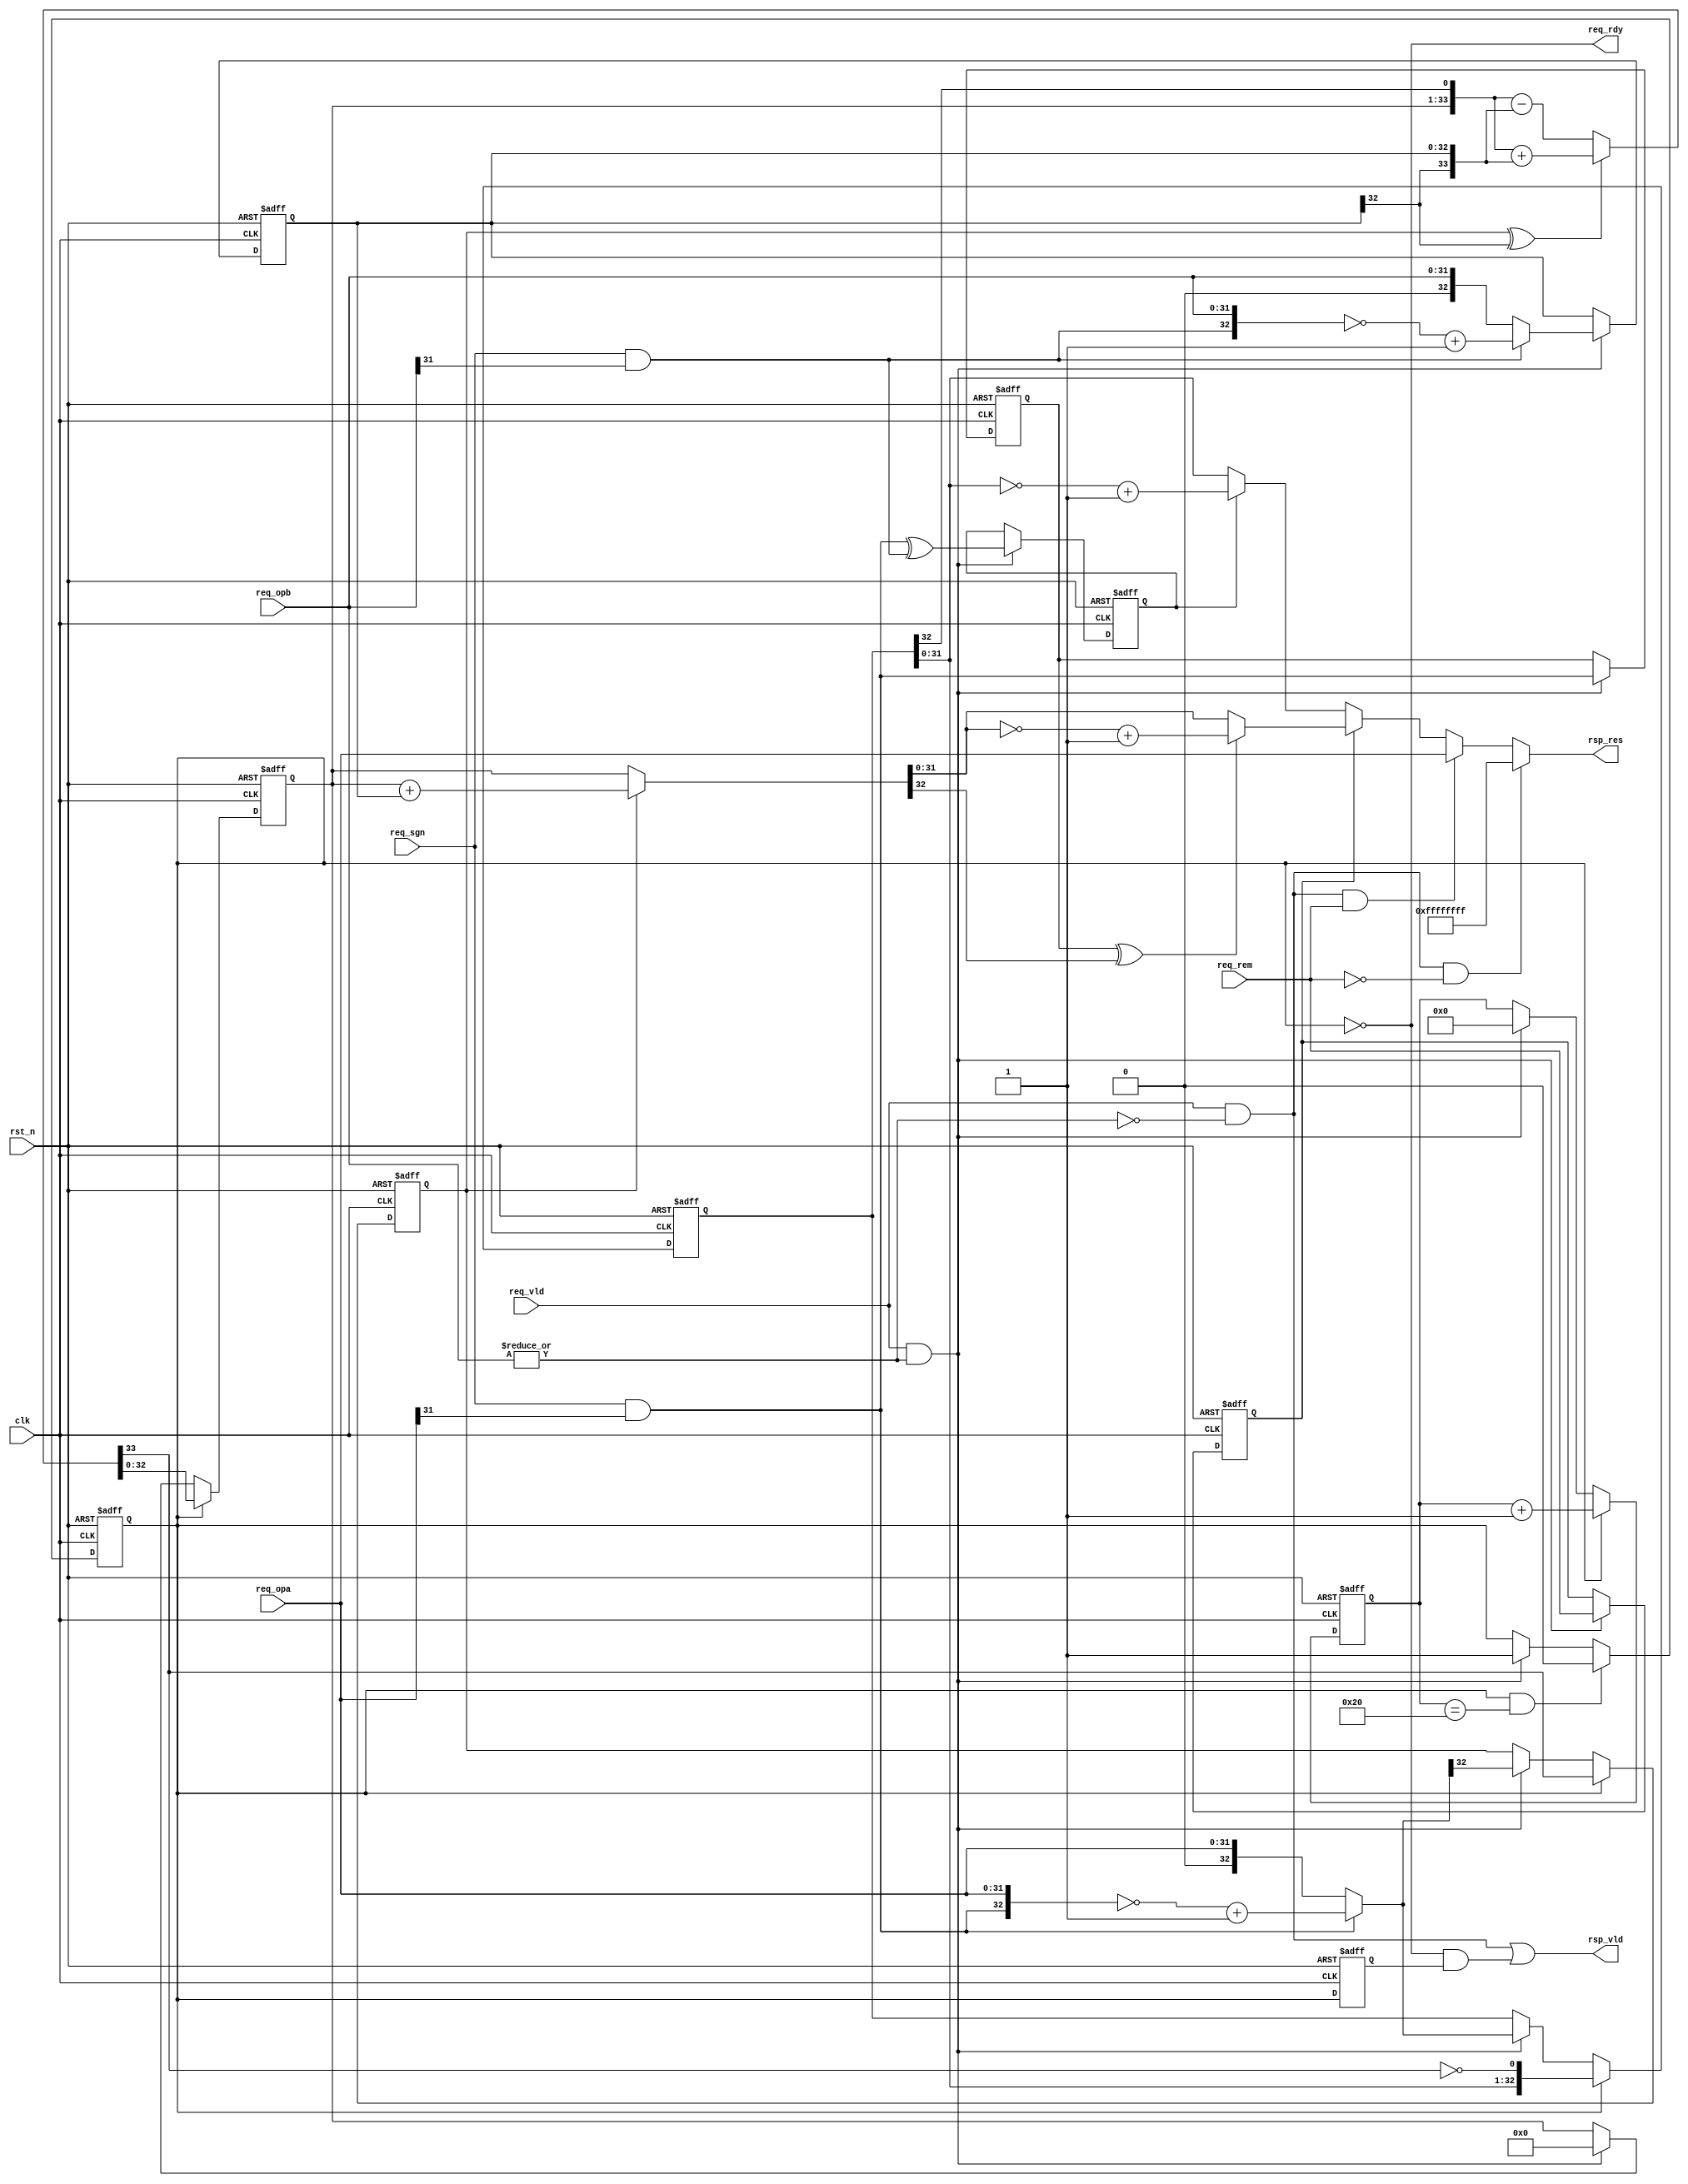
module uv_div
#(
    parameter DIV_DW        = 32
)
(
    input                   clk,
    input                   rst_n,
    
    output                  req_rdy,
    input                   req_vld,
    input                   req_sgn,
    input                   req_rem,

    input  [DIV_DW-1:0]     req_opa,
    input  [DIV_DW-1:0]     req_opb,

    output                  rsp_vld,
    output [DIV_DW-1:0]     rsp_res
);

    localparam UDLY         = 1;
    localparam DVS_WIDTH    = DIV_DW + 1;           // Divisor width.
    localparam DVD_WIDTH    = DIV_DW + 1;           // Dividend width.
    localparam CNT_WIDTH    = $clog2(DVD_WIDTH);    // Counter width.
    localparam CNT_MAX      = DVD_WIDTH - 1;

    wire                    opb_zero;
    wire                    dvs_zero;
    wire                    div_start;

    wire                    opa_sgn;
    wire                    opb_sgn;
    wire [DVD_WIDTH-1:0]    ext_opa;
    wire [DVS_WIDTH-1:0]    ext_opb;

    wire [DVD_WIDTH-1:0]    opa_neg;
    wire [DVS_WIDTH-1:0]    opb_neg;
    wire [DVD_WIDTH-1:0]    ext_dvd;
    wire [DVS_WIDTH-1:0]    ext_dvs;

    wire [DVD_WIDTH-1:0]    quo_neg;
    wire [DVS_WIDTH-1:0]    quo_res;

    wire [DVS_WIDTH-1:0]    div_rem;
    wire [DVD_WIDTH-1:0]    rem_neg;
    wire [DVS_WIDTH-1:0]    rem_res;

    wire                    div_end;
    wire                    rem_add_sel;
    wire [DVS_WIDTH:0]      div_rem_add;
    wire [DVS_WIDTH:0]      div_rem_sub;
    wire [DVS_WIDTH:0]      div_rem_nxt;

    reg  [DVD_WIDTH-1:0]    div_quo_r;
    reg  [DVS_WIDTH-1:0]    div_rem_r;
    reg  [DVS_WIDTH-1:0]    div_dvs_r;
    reg  [CNT_WIDTH-1:0]    div_cnt_r;
    reg                     rem_sgn_r;
    reg                     res_sgn_r;
    reg                     opa_sgn_r;
    reg                     req_rem_r;
    reg                     busy_r;
    reg                     busy_p;

    // Back pressure.
    assign req_rdy          = ~busy_r;

    // Start division.
    assign opb_zero         = ~(|req_opb);
    assign dvs_zero         = req_vld & opb_zero;
    assign div_start        = req_vld & (~opb_zero);

    // Extend operands according to sign.
    assign opa_sgn          = req_sgn & req_opa[DIV_DW-1];
    assign opb_sgn          = req_sgn & req_opb[DIV_DW-1];
    assign ext_opa          = {{(DVD_WIDTH-DIV_DW){opa_sgn}}, req_opa};
    assign ext_opb          = {{(DVS_WIDTH-DIV_DW){opb_sgn}}, req_opb};

    assign opa_neg          = (~ext_opa) + 1'b1;
    assign opb_neg          = (~ext_opb) + 1'b1;
    assign ext_dvd          = opa_sgn ? opa_neg : ext_opa;
    assign ext_dvs          = opb_sgn ? opb_neg : ext_opb;

    // Calculate the next remainder.
    assign rem_add_sel      = rem_sgn_r ^ div_dvs_r[DVS_WIDTH-1];
    assign div_rem_add      = {div_rem_r, div_quo_r[DVD_WIDTH-1]} + {div_dvs_r[DVS_WIDTH-1], div_dvs_r};
    assign div_rem_sub      = {div_rem_r, div_quo_r[DVD_WIDTH-1]} - {div_dvs_r[DVS_WIDTH-1], div_dvs_r};
    assign div_rem_nxt      = rem_add_sel ? div_rem_add : div_rem_sub;

    // Check end status.
    assign div_end          = div_cnt_r == CNT_MAX[CNT_WIDTH-1:0];

    // Get the final quotient & remainder.
    assign quo_neg          = (~div_quo_r) + 1'b1;
    assign quo_res          = res_sgn_r ? quo_neg[DVS_WIDTH-1:0] : div_quo_r[DVS_WIDTH-1:0];

    assign div_rem          = rem_sgn_r ? div_rem_r + div_dvs_r : div_rem_r;
    assign rem_neg          = (~div_rem) + 1'b1;
    assign rem_res          = (opa_sgn_r ^ div_rem[DVS_WIDTH-1]) ? rem_neg : div_rem;

    // Output result.
    assign rsp_vld          = dvs_zero | (~busy_r & busy_p);
    assign rsp_res          = (dvs_zero & (~req_rem)) ? {DIV_DW{1'b1}}
                            : (dvs_zero & req_rem) ? req_opa
                            : req_rem_r ? rem_res[DIV_DW-1:0] : quo_res[DIV_DW-1:0];

    // Update busy status.
    always @(posedge clk or negedge rst_n) begin
        if (~rst_n) begin
            busy_r <= 1'b0;
        end
        else begin
            if (busy_r & div_end) begin
                busy_r <= #UDLY 1'b0;
            end
            else if (div_start) begin
                busy_r <= #UDLY 1'b1;
            end
        end
    end

    always @(posedge clk or negedge rst_n) begin
        if (~rst_n) begin
            busy_p <= 1'b0;
        end
        else begin
            busy_p <= #UDLY busy_r;
        end
    end

    // Update counter.
    always @(posedge clk or negedge rst_n) begin
        if (~rst_n) begin
            div_cnt_r <= {CNT_WIDTH{1'b0}};
        end
        else begin
            if (busy_r) begin
                div_cnt_r <= #UDLY div_cnt_r + 1'b1;
            end
            else if (div_start) begin
                div_cnt_r <= #UDLY {CNT_WIDTH{1'b0}};
            end
        end
    end

    // Update quotient.
    always @(posedge clk or negedge rst_n) begin
        if (~rst_n) begin
            div_quo_r <= {DVD_WIDTH{1'b0}};
        end
        else begin
            if (busy_r) begin
                div_quo_r <= #UDLY {div_quo_r[DVD_WIDTH-2:0], ~div_rem_nxt[DVS_WIDTH]};
            end
            else if (div_start) begin
                div_quo_r <= #UDLY ext_dvd;
            end
        end
    end

    // Update remainder.
    always @(posedge clk or negedge rst_n) begin
        if (~rst_n) begin
            div_rem_r <= {DVS_WIDTH{1'b0}};
        end
        else begin
            if (busy_r) begin
                div_rem_r <= #UDLY div_rem_nxt[DVS_WIDTH-1:0];
            end
            else if (div_start) begin
                div_rem_r <= #UDLY {DVS_WIDTH{1'b0}};
            end
        end
    end

    // Update remainder sign.
    always @(posedge clk or negedge rst_n) begin
        if (~rst_n) begin
            rem_sgn_r <= {CNT_WIDTH{1'b0}};
        end
        else begin
            if (busy_r) begin
                rem_sgn_r <= #UDLY div_rem_nxt[DVS_WIDTH];
            end
            else if (div_start) begin
                rem_sgn_r <= #UDLY ext_dvd[DVD_WIDTH-1];
            end
        end
    end

    // Buffer request info.
    always @(posedge clk or negedge rst_n) begin
        if (~rst_n) begin
            res_sgn_r <= 1'b0;
            opa_sgn_r <= 1'b0;
            req_rem_r <= 1'b0;
            div_dvs_r <= {DVS_WIDTH{1'b0}};
        end
        else begin
            if (div_start) begin
                res_sgn_r <= #UDLY opa_sgn ^ opb_sgn;
                opa_sgn_r <= #UDLY opa_sgn;
                req_rem_r <= #UDLY req_rem;
                div_dvs_r <= #UDLY ext_dvs;
            end
        end
    end

endmodule